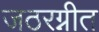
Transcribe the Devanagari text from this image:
जठरग्नीत